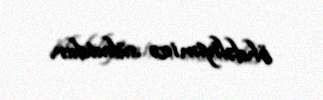
öhdəliyimizə sübutdur.